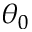
\theta _ { 0 }